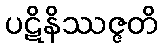
ပဋိနိဿဇ္ဇတိ